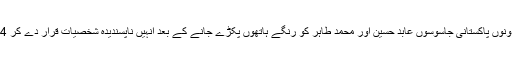
واضح رہے کہ 31 مئی کو نئی دہلی میں دونوں پاکستانی جاسوسوں عابد حسین اور محمد طاہر کو رنگے ہاتھوں پکڑے جانے کے بعد انہیں ناپسندیدہ شخصیات قرار دے کر 24گھنٹے کے اندر ملک بدر کر دیا گیا تھا ۔